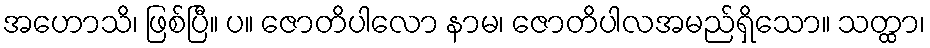
အဟောသိ၊ ဖြစ်ပြီ။ ပ။ ဇောတိပါလော နာမ၊ ဇောတိပါလအမည်ရှိသော။ သတ္ထာ၊